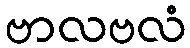
ဗာလဗလံ